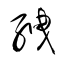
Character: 絏